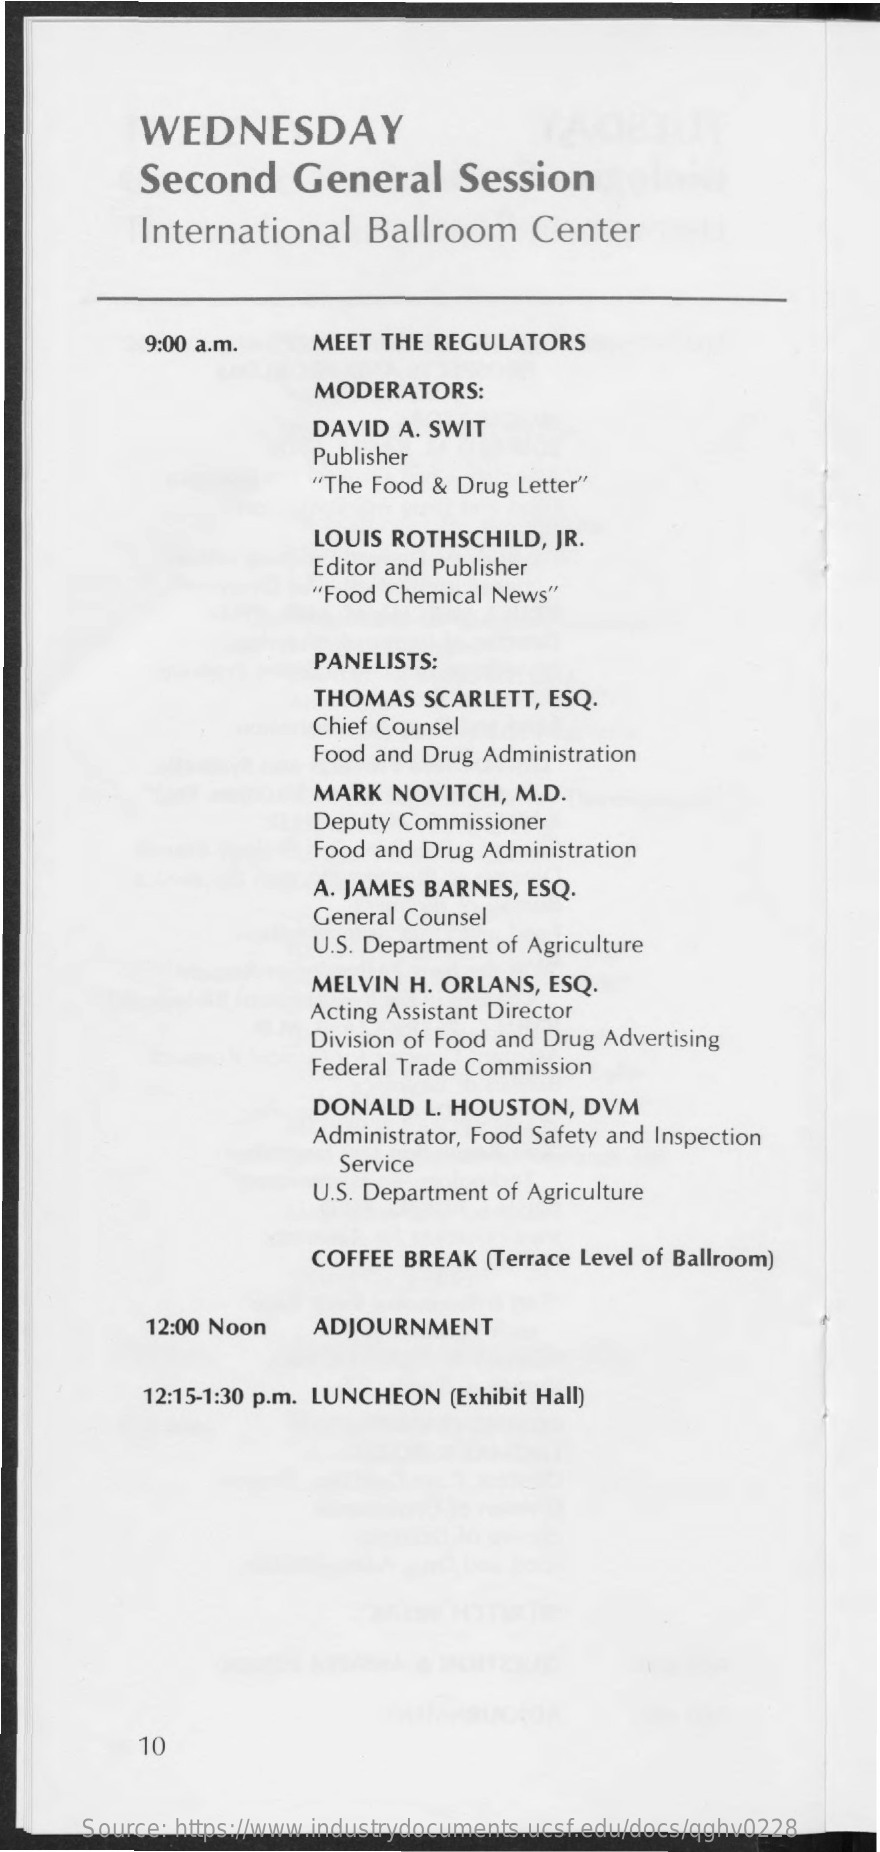
WEDNESDAY
     Second    General    Session
     International    Ballroom    Center
     9:00 a.m.    MEET THE  REGULATORS
     MODERATORS:
     DAVID  A. SWIT
     Publisher
     "The Food & Drug Letter"
     LOUIS ROTHSCHILD,   JR.
     Editor and Publisher
     "Food Chemical News"
     PANELISTS:
     THOMAS   SCARLETT, ESQ.
     Chief Counsel
     Food and Drug Administration
     MARK  NOVITCH,  M.D.
     Deputy Commissioner
     Food and Drug Administration
     A. JAMES BARNES, ESQ.
     General Counsel
     U.S. Department of Agriculture
     MELVIN  H. ORLANS, ESQ.
     Acting Assistant Director
     Division of Food and Drug Advertising
     Federal Trade Commission
     DONALD   L. HOUSTON,  DVM
     Administrator, Food Safety and Inspection
     Service
     U.S. Department of Agriculture
     COFFEE BREAK  (Terrace Level of Ballroom)
     12:00 Noon    ADJOURNMENT
     12:15-1:30 p.m. LUNCHEON (Exhibit Hall)
     10
     Source: https://www.industrydocuments.ucsf.edu/docs/qghv0228